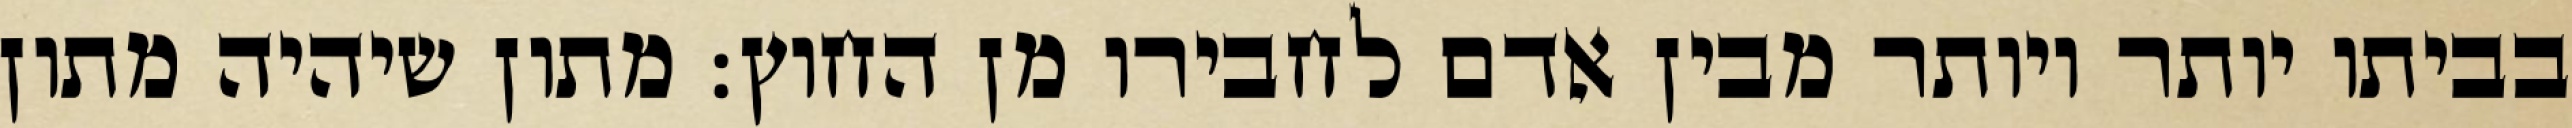
בביתו יותר ויותר מבין אדם לחבירו מן החוץ: מתון שיהיה מתון